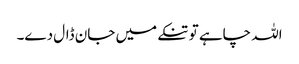
اللہ چاہے تو تنکے میں جان ڈال دے۔